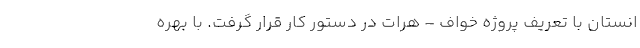
انستان با تعریف پروژه خواف – هرات در دستور کار قرار گرفت. با بهره